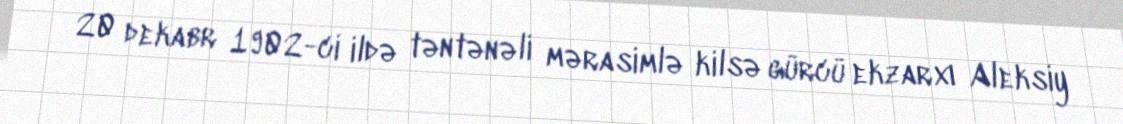
20 dekabr 1902-ci ildə təntənəli mərasimlə kilsə gürcü ekzarxı Aleksiy